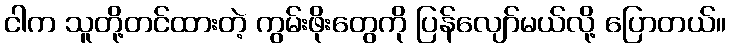
ငါက သူတို့တင်ထားတဲ့ ကွမ်းဖိုးတွေကို ပြန်လျော်မယ်လို့ ပြောတယ်။